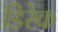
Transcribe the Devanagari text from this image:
डिरेक